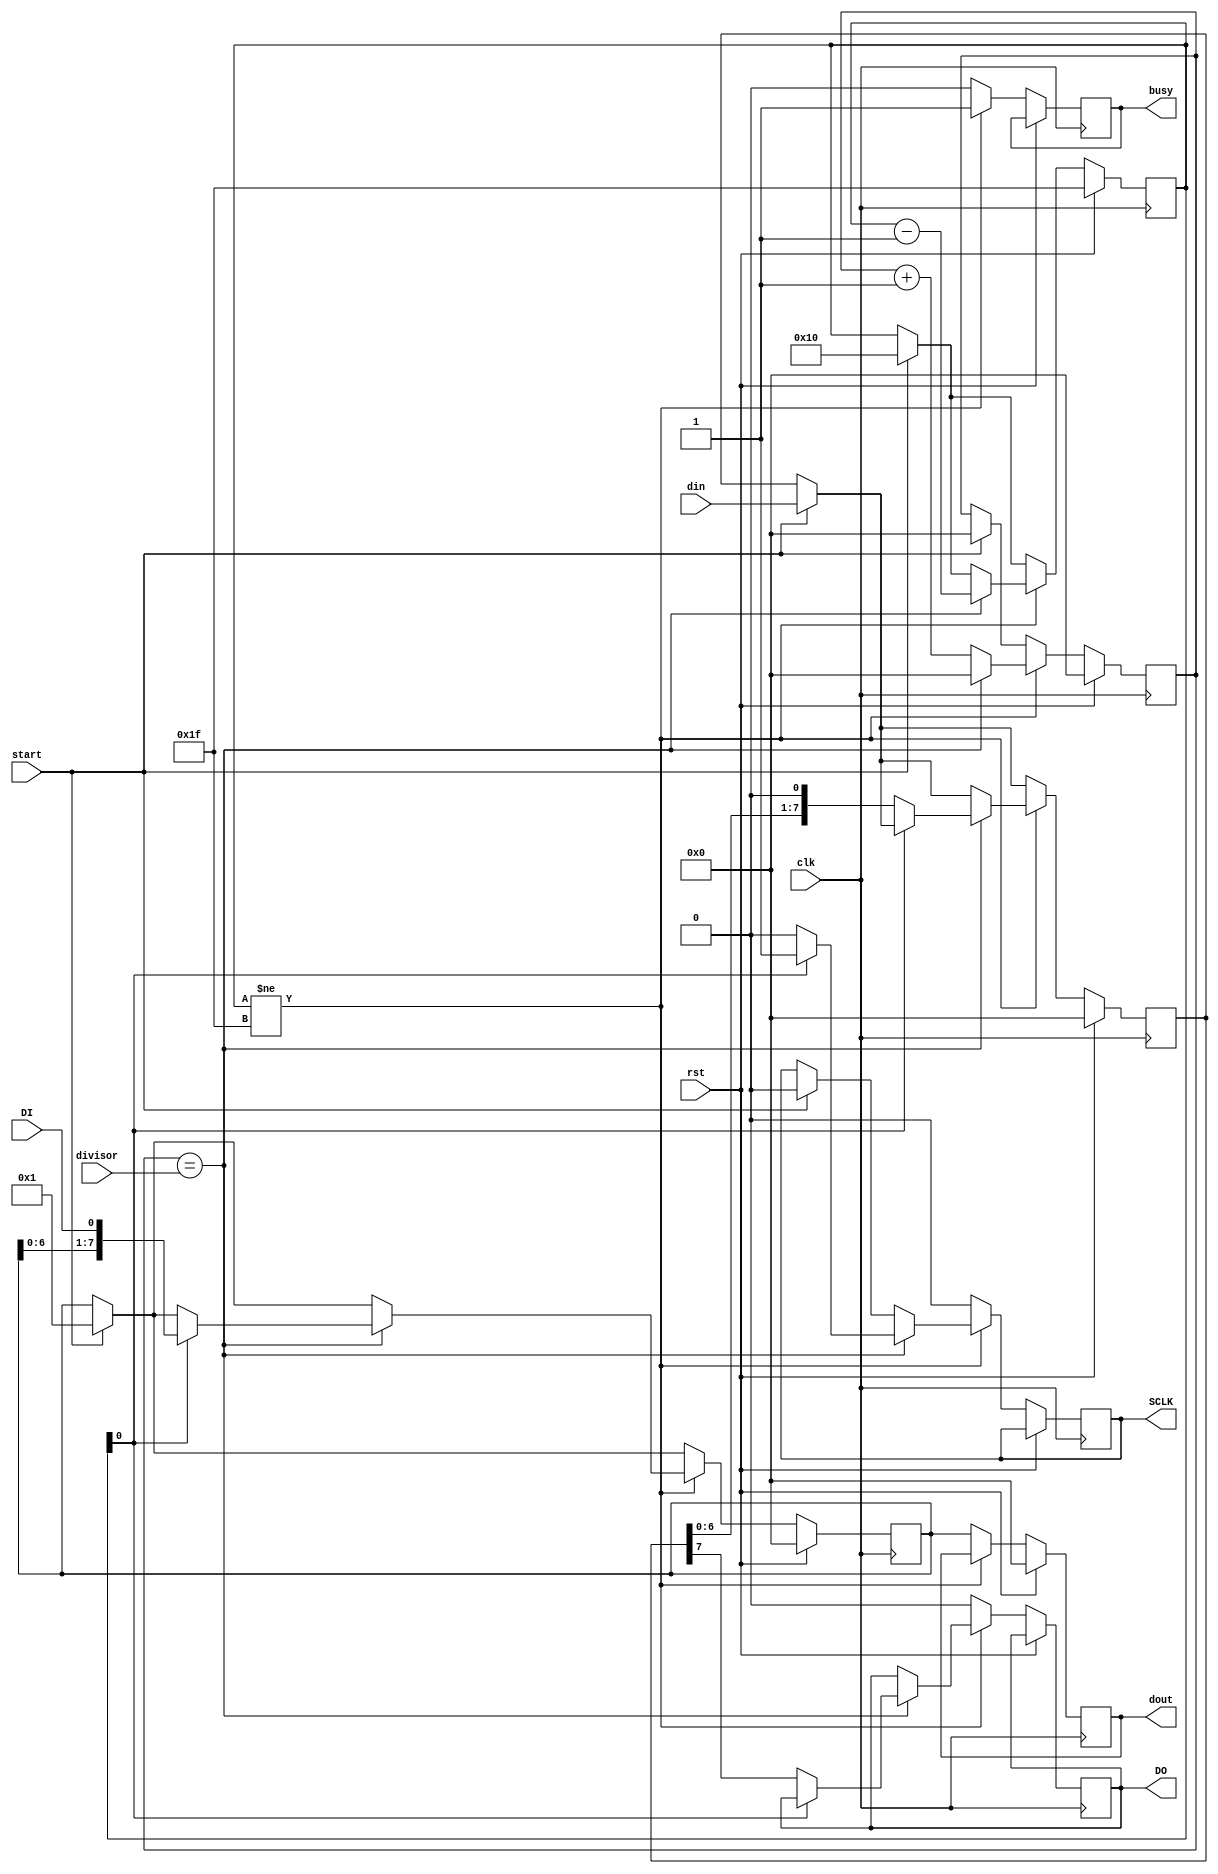
module spi(
    input [7:0] divisor,
    input [7:0] din,
    
    output reg [7:0] dout,
    
    output reg SCLK,
    output reg DO,
    input DI,
    
    input start,
    output reg busy,

    input clk,
    input rst
);

reg [7:0] data_out_buff;
reg [7:0] data_in_buff;
reg [7:0] div_counter;
reg [4:0] counter;

always @(posedge clk) begin
    if(rst) begin
        counter <= 5'b11111;
        dout <= 0;
        div_counter <= 8'h00;
        data_in_buff <= 8'h00;
        data_out_buff <= 8'h00;
    end else begin
        if(start) begin
            counter <= 5'b10000;
            div_counter <= 0;
            data_out_buff <= din;
            data_in_buff <= 1;
            SCLK <= 0;
        end
        if(counter != 5'b11111) begin
            busy <= 1;
            div_counter <= div_counter + 1;
            if(div_counter == divisor) begin
                div_counter <= 0;
                counter <= counter - 1;
                if(!counter[0]) begin
                    DO <= data_out_buff[7];
                    data_out_buff <= {data_out_buff[6:0], 1'b0};
                    SCLK <= 0;
                end else begin
                    SCLK <= 1;
                    data_in_buff <= {data_in_buff[6:0], DI};
                end
            end
        end else begin
            SCLK <= 0;
            DO <= 0;
            busy <= 0;
            dout <= data_in_buff;
        end
    end
end

endmodule